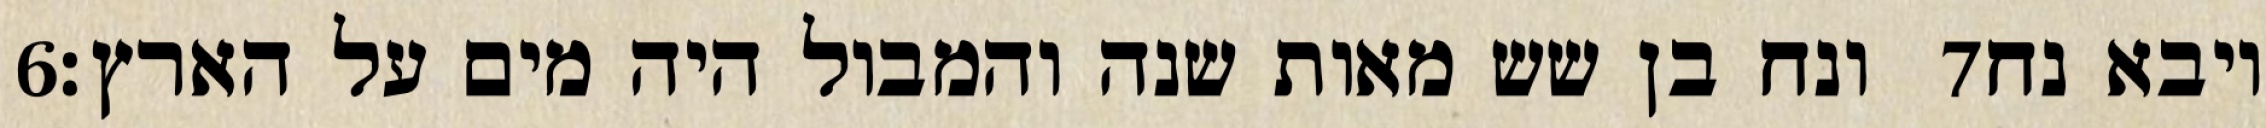
‎6‏ ונח בן שש מאות שנה והמבול היה מים על הארץ׃ ‎7‏ ויבא נח